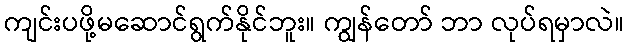
ကျင်းပဖို့မဆောင်ရွက်နိုင်ဘူး။ ကျွန်တော် ဘာ လုပ်ရမှာလဲ။